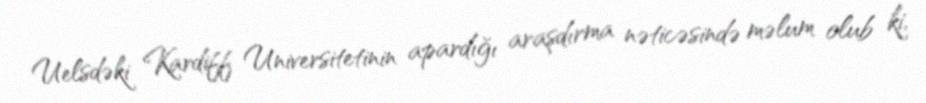
Uelsdəki Kardiff Universitetinin apardığı araşdırma nəticəsində məlum olub ki,